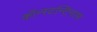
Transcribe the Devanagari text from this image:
कॉन्स्टन्टिनास